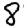
Digit: 8